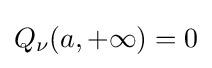
Q_{\nu }(a,+\infty )=0